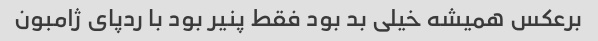
برعکس همیشه خیلی بد بود فقط پنیر بود با ردپای ژامبون